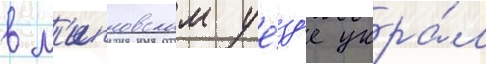
в л'ипновском уе́зд'е укра́л